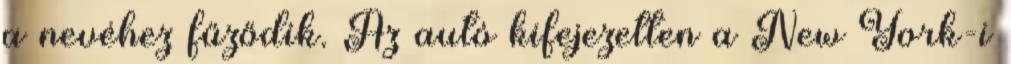
a nevéhez fűződik. Az autó kifejezetten a New York-i